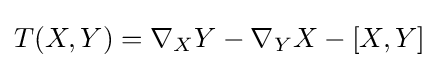
T(X,Y)=\nabla _{X}Y-\nabla _{Y}X-[X,Y]